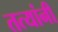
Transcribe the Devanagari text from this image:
तत्यांनी